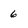
Character: 6